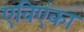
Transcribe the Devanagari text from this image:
एविएंका